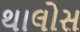
થાલોસ